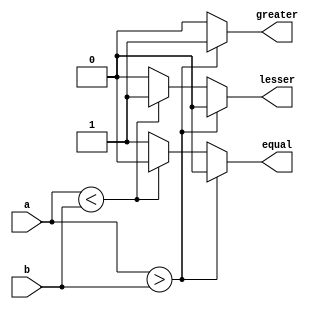
`timescale 1ns / 1ps
module comparartor(a,b,greater,equal,lesser);
output reg greater;
output reg lesser;
output reg equal;
input [3:0]a;
input [3:0]b;
always@(*)
begin
greater=1'b0;
equal=1'b0;
lesser=1'b0;
if(a>b)
begin
greater=1'b1;
lesser=1'b0;
equal=1'b0;
end

else if(a<b)
begin
greater=1'b0;
lesser=1'b1;
equal=1'b0;
end

else 
begin
greater=1'b0;
lesser=1'b0;
equal=1'b1;
end

end
endmodule